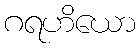
ဂရဟိယော